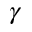
\gamma